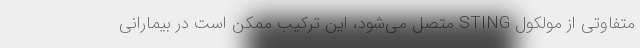
متفاوتی از مولکول STING متصل می‌شود، این ترکیب ممکن است در بیمارانی